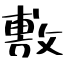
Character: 敷